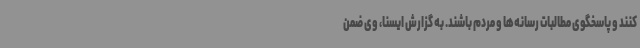
کنند و پاسخگوی مطالبات رسانه‌ها و مردم باشند. به گزارش ایسنا، وی ضمن